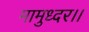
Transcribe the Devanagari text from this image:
मामुध्दर।।